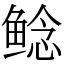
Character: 鲶